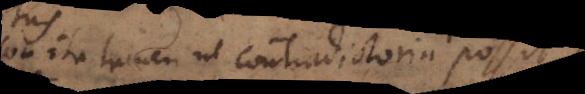
non ita tamen ut contradictoria sive